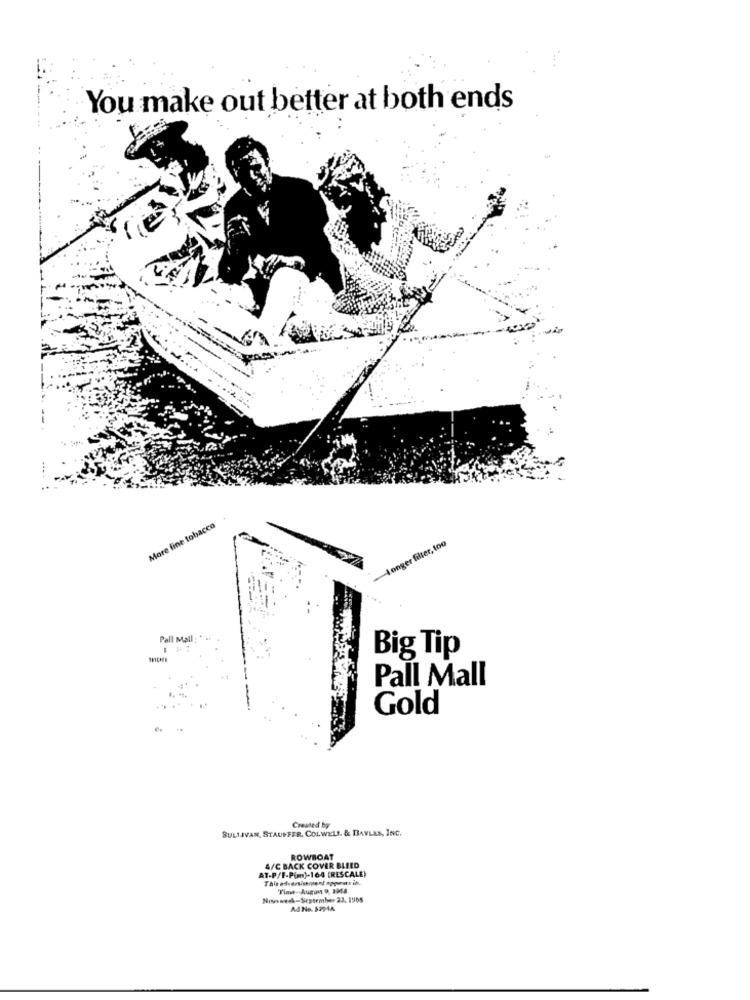
You make out better at both ends
More fine tobacco
-Longer filter, too
Pall Mall
Big Tip
Pall Mall
Gold
SULLIVAN, STAUFFER, COLWELL. & BAVLAS, INC.
Created by
ROWBOAT
AT-P/F-Pim)-164 [RESCALE)
&/C BACK COVER BLEED
Time -. August 9, 1948
Nowwerk-September 23, 1968
Ad No. $294A